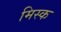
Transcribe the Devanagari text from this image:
मिस्क